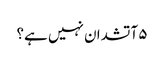
۵ آتشدان نہیں ہے؟